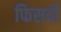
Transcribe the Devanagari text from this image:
फिसदी